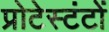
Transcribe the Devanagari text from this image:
प्रोटेस्टंटों